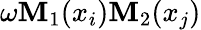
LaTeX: \omega\mathbf{M}_{1}(x_{i})\mathbf{M}_{2}(x_{j})